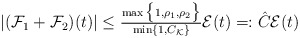
\begin{align*}|(\mathcal{F}_{1} + \mathcal{F}_{2})(t)|\leq \tfrac{\max\big\{1, \rho_{1}, \rho_{2}\big\}}{\min\{1, C_{\mathcal{K}}\}} \mathcal{E}(t)=: \hat{C} \mathcal{E}(t) \end{align*}